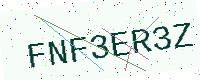
Text: FNF3ER3Z